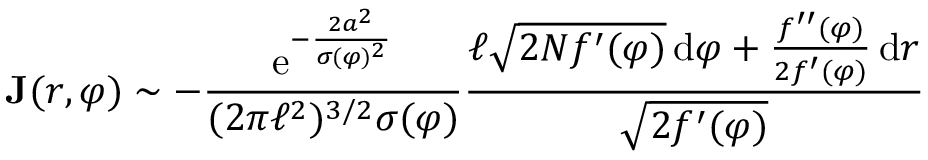
\textbf J ( r , \varphi ) \sim - \frac { \displaystyle \mathrm { e } ^ { - \frac { 2 a ^ { 2 } } { \sigma ( \varphi ) ^ { 2 } } } } { ( 2 \pi \ell ^ { 2 } ) ^ { 3 / 2 } \sigma ( \varphi ) } \frac { \ell \sqrt { 2 N f ^ { \prime } ( \varphi ) } \, \mathrm { d } \varphi + \frac { f ^ { \prime \prime } ( \varphi ) } { 2 f ^ { \prime } ( \varphi ) } \, \mathrm { d } r } { \sqrt { 2 f ^ { \prime } ( \varphi ) } }